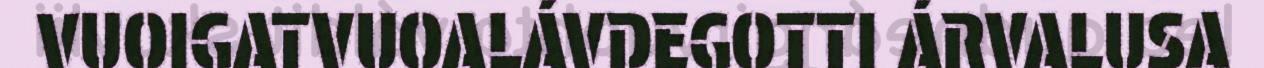
VUOIGATVUOALÁVDEGOTTI ÁRVALUSA